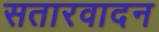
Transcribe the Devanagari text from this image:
सतारवादन